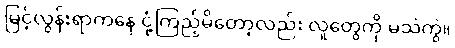
မြင့်လွန်းရာကနေ ငုံ့ကြည့်မိတော့လည်း လူတွေကို မသဲကွဲ။